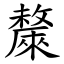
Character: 斄